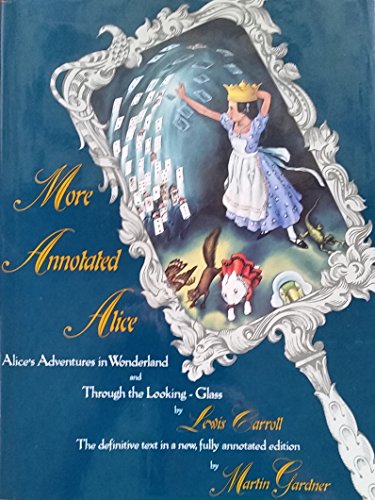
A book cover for More Annotated Alice: Alice's Adventures in Wonderland & Through the Looking Glass; Martin Gardner; Science Fiction & Fantasy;